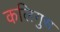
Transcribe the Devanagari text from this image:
कलिगुस